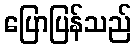
ပြောပြန်သည်